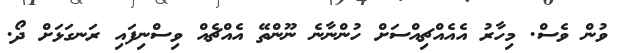
ވުން ވެސް. މިހާރު އެއެއްޗިއްސަށް ހުންނާނެ ނޫންތޭ އެއްޗެއް ވިސްނިފައި ރަނގަޅަށް ދޯ.